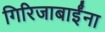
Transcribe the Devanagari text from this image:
गिरिजाबाईंना